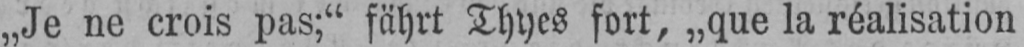
„Je ne crois pas;“ fährt Thyes fort, „que la réalisation